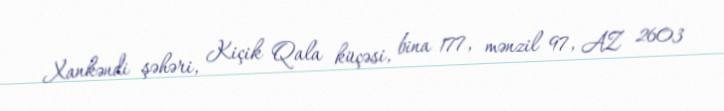
Xankəndi şəhəri, Kiçik Qala küçəsi, bina 177, mənzil 97, AZ 2603